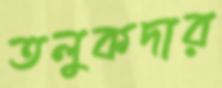
তলুকদার